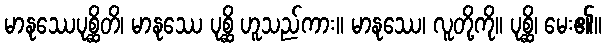
မာနုဿေပုစ္ဆိတိ၊ မာနုဿေ ပုစ္ဆိ ဟူသည်ကား။ မာနုဿေ၊ လူတို့ကို။ ပုစ္ဆိ၊ မေး၏။